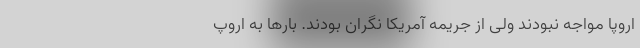
اروپا مواجه نبودند ولی از جریمه آمریکا نگران بودند. بارها به اروپ